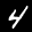
Label: 4